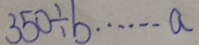
3 5 0 \div b \cdots a